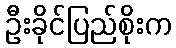
ဦးခိုင်ပြည်စိုးက